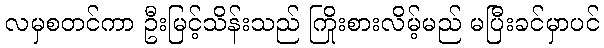
လမှစတင်ကာ ဦးမြင့်သိန်းသည် ကြိုးစားလိမ့်မည် မပြီးခင်မှာပင်